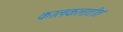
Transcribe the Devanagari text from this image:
कालकलातीतं